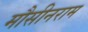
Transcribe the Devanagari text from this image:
मौसीनराम